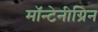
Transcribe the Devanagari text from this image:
मॉन्टेनीग्रिन